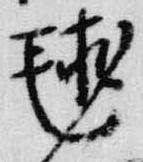
毬